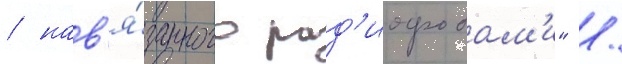
/ нав'я́занного рад'иофобам'и" /